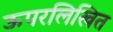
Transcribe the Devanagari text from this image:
ऊपरलिखित